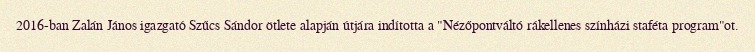
2016-ban Zalán János igazgató Szűcs Sándor ötlete alapján útjára indította a "Nézőpontváltó rákellenes színházi staféta program"ot.